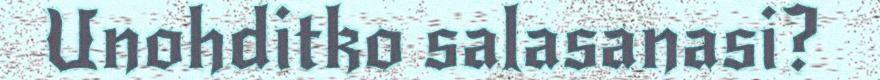
Unohditko salasanasi?